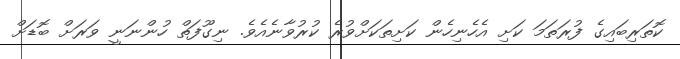
ކޮތަރިބައިގެ ފުރަތަމަ ކަށި އެހެނިހެން ކަށިތަކަށްވުރެ ކުރުވާނެއެވެ. ނިގޫފަތް ހުންނަނީ ވަރަށް ބޮޑަށް